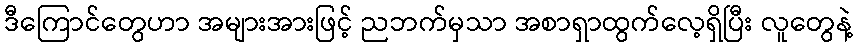
ဒီကြောင်တွေဟာ အများအားဖြင့် ညဘက်မှသာ အစာရှာထွက်လေ့ရှိပြီး လူတွေနဲ့